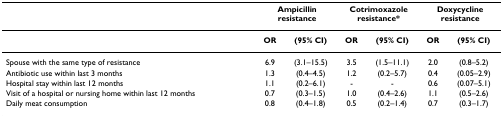
<table><thead><tr><td></td><td colspan="2"><b>Ampicillin resistance</b></td><td colspan="2"><b>Cotrimoxazole resistance*</b></td><td colspan="2"><b>Doxycycline resistance</b></td></tr></thead><tbody><tr><td></td><td><b>OR</b></td><td><b>(95% CI)</b></td><td><b>OR</b></td><td><b>(95% CI)</b></td><td><b>OR</b></td><td><b>(95% CI)</b></td></tr><tr><td>Spouse with the same type of resistance</td><td>6.9</td><td>(3.1–15.5)</td><td>3.5</td><td>(1.5–11.1)</td><td>2.0</td><td>(0.8–5.2)</td></tr><tr><td>Antibiotic use within last 3 months</td><td>1.3</td><td>(0.4–4.5)</td><td>1.2</td><td>(0.2–5.7)</td><td>0.4</td><td>(0.05–2.9)</td></tr><tr><td>Hospital stay within last 12 months</td><td>1.1</td><td>(0.2–6.1)</td><td>-</td><td>-</td><td>0.6</td><td>(0.07–5.1)</td></tr><tr><td>Visit of a hospital or nursing home within last 12 months</td><td>0.7</td><td>(0.3–1.5)</td><td>1.0</td><td>(0.4–2.6)</td><td>1.1</td><td>(0.5–2.6)</td></tr><tr><td>Daily meat consumption</td><td>0.8</td><td>(0.4–1.8)</td><td>0.5</td><td>(0.2–1.4)</td><td>0.7</td><td>(0.3–1.7)</td></tr></tbody></table>